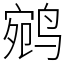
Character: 鹓